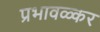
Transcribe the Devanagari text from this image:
प्रभावळ्कर